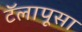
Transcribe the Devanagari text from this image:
टॅलापूसा